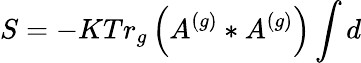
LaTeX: S=-KTr_{g}\left(A^{\left(g\right)}\ast A^{\left(g\right)}\right)\int d